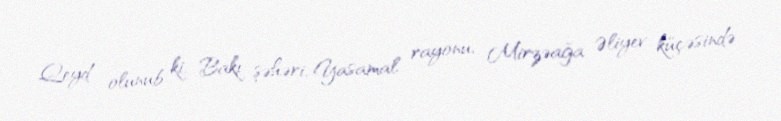
Qeyd olunub ki, Bakı şəhəri, Yasamal rayonu, Mirzəağa Əliyev küçəsində